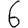
Digit: 6